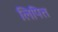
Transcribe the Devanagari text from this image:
लिपित्त